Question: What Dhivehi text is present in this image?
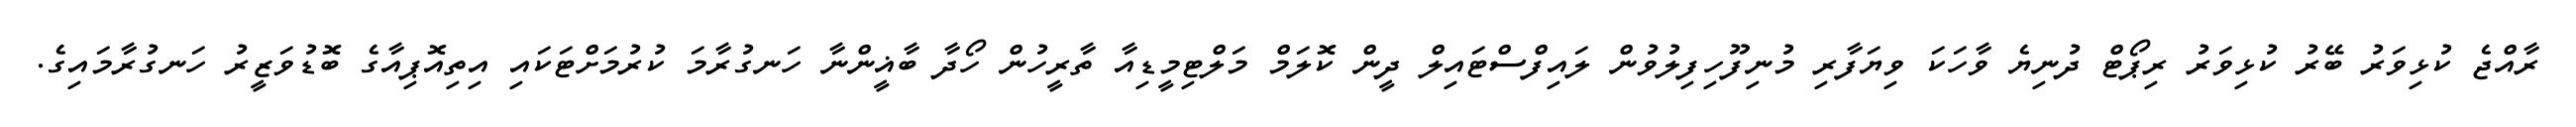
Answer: ރާއްޖެ ކުޅިވަރު ބޭރު ކުޅިވަރު ރިޕޯޓް ދުނިޔެ ވާހަކަ ވިޔަފާރި މުނިފޫހިފިލުވުން ލައިފްސްޓައިލް ދީން ކޮލަމް މަލްޓިމީޑިއާ ތާރީހުން ހޯދާ ބާޣީންނާ ހަނގުރާމަ ކުރުމަށްޓަކައި އިތިއޮޕިއާގެ ބޮޑުވަޒީރު ހަނގުރާމައިގެ.